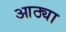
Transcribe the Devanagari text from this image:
आठ्या